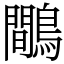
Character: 鷼